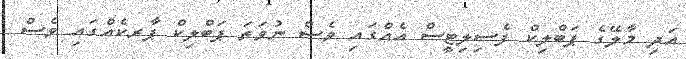
އަދި މާލޭގެ ޕަބްލިކް ފެސިލިޓީސް އެއްގައި ވެސް ނުވަތަ ޕަބްލިކް ޕާރކެއްގައި ވެސް